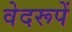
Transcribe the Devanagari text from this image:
वेदरूपें